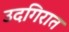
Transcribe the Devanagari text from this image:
उदगिरात